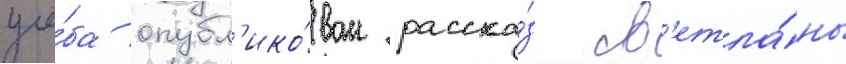
учё́ба опубл'ико́ван расска́з св'етла́ны